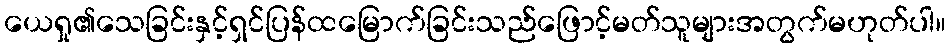
ယေရှု၏သေခြင်းနှင့်ရှင်ပြန်ထမြောက်ခြင်းသည်ဖြောင့်မတ်သူများအတွက်မဟုတ်ပါ။